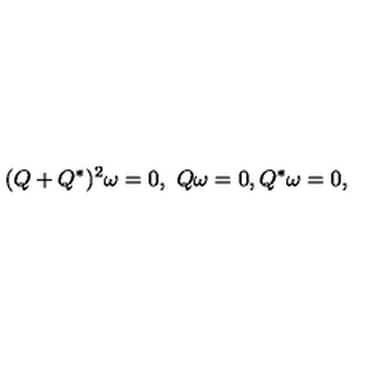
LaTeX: ( Q + Q ^ { * } ) ^ { 2 } \omega = 0 , \ Q \omega = 0 , Q ^ { * } \omega = 0 ,